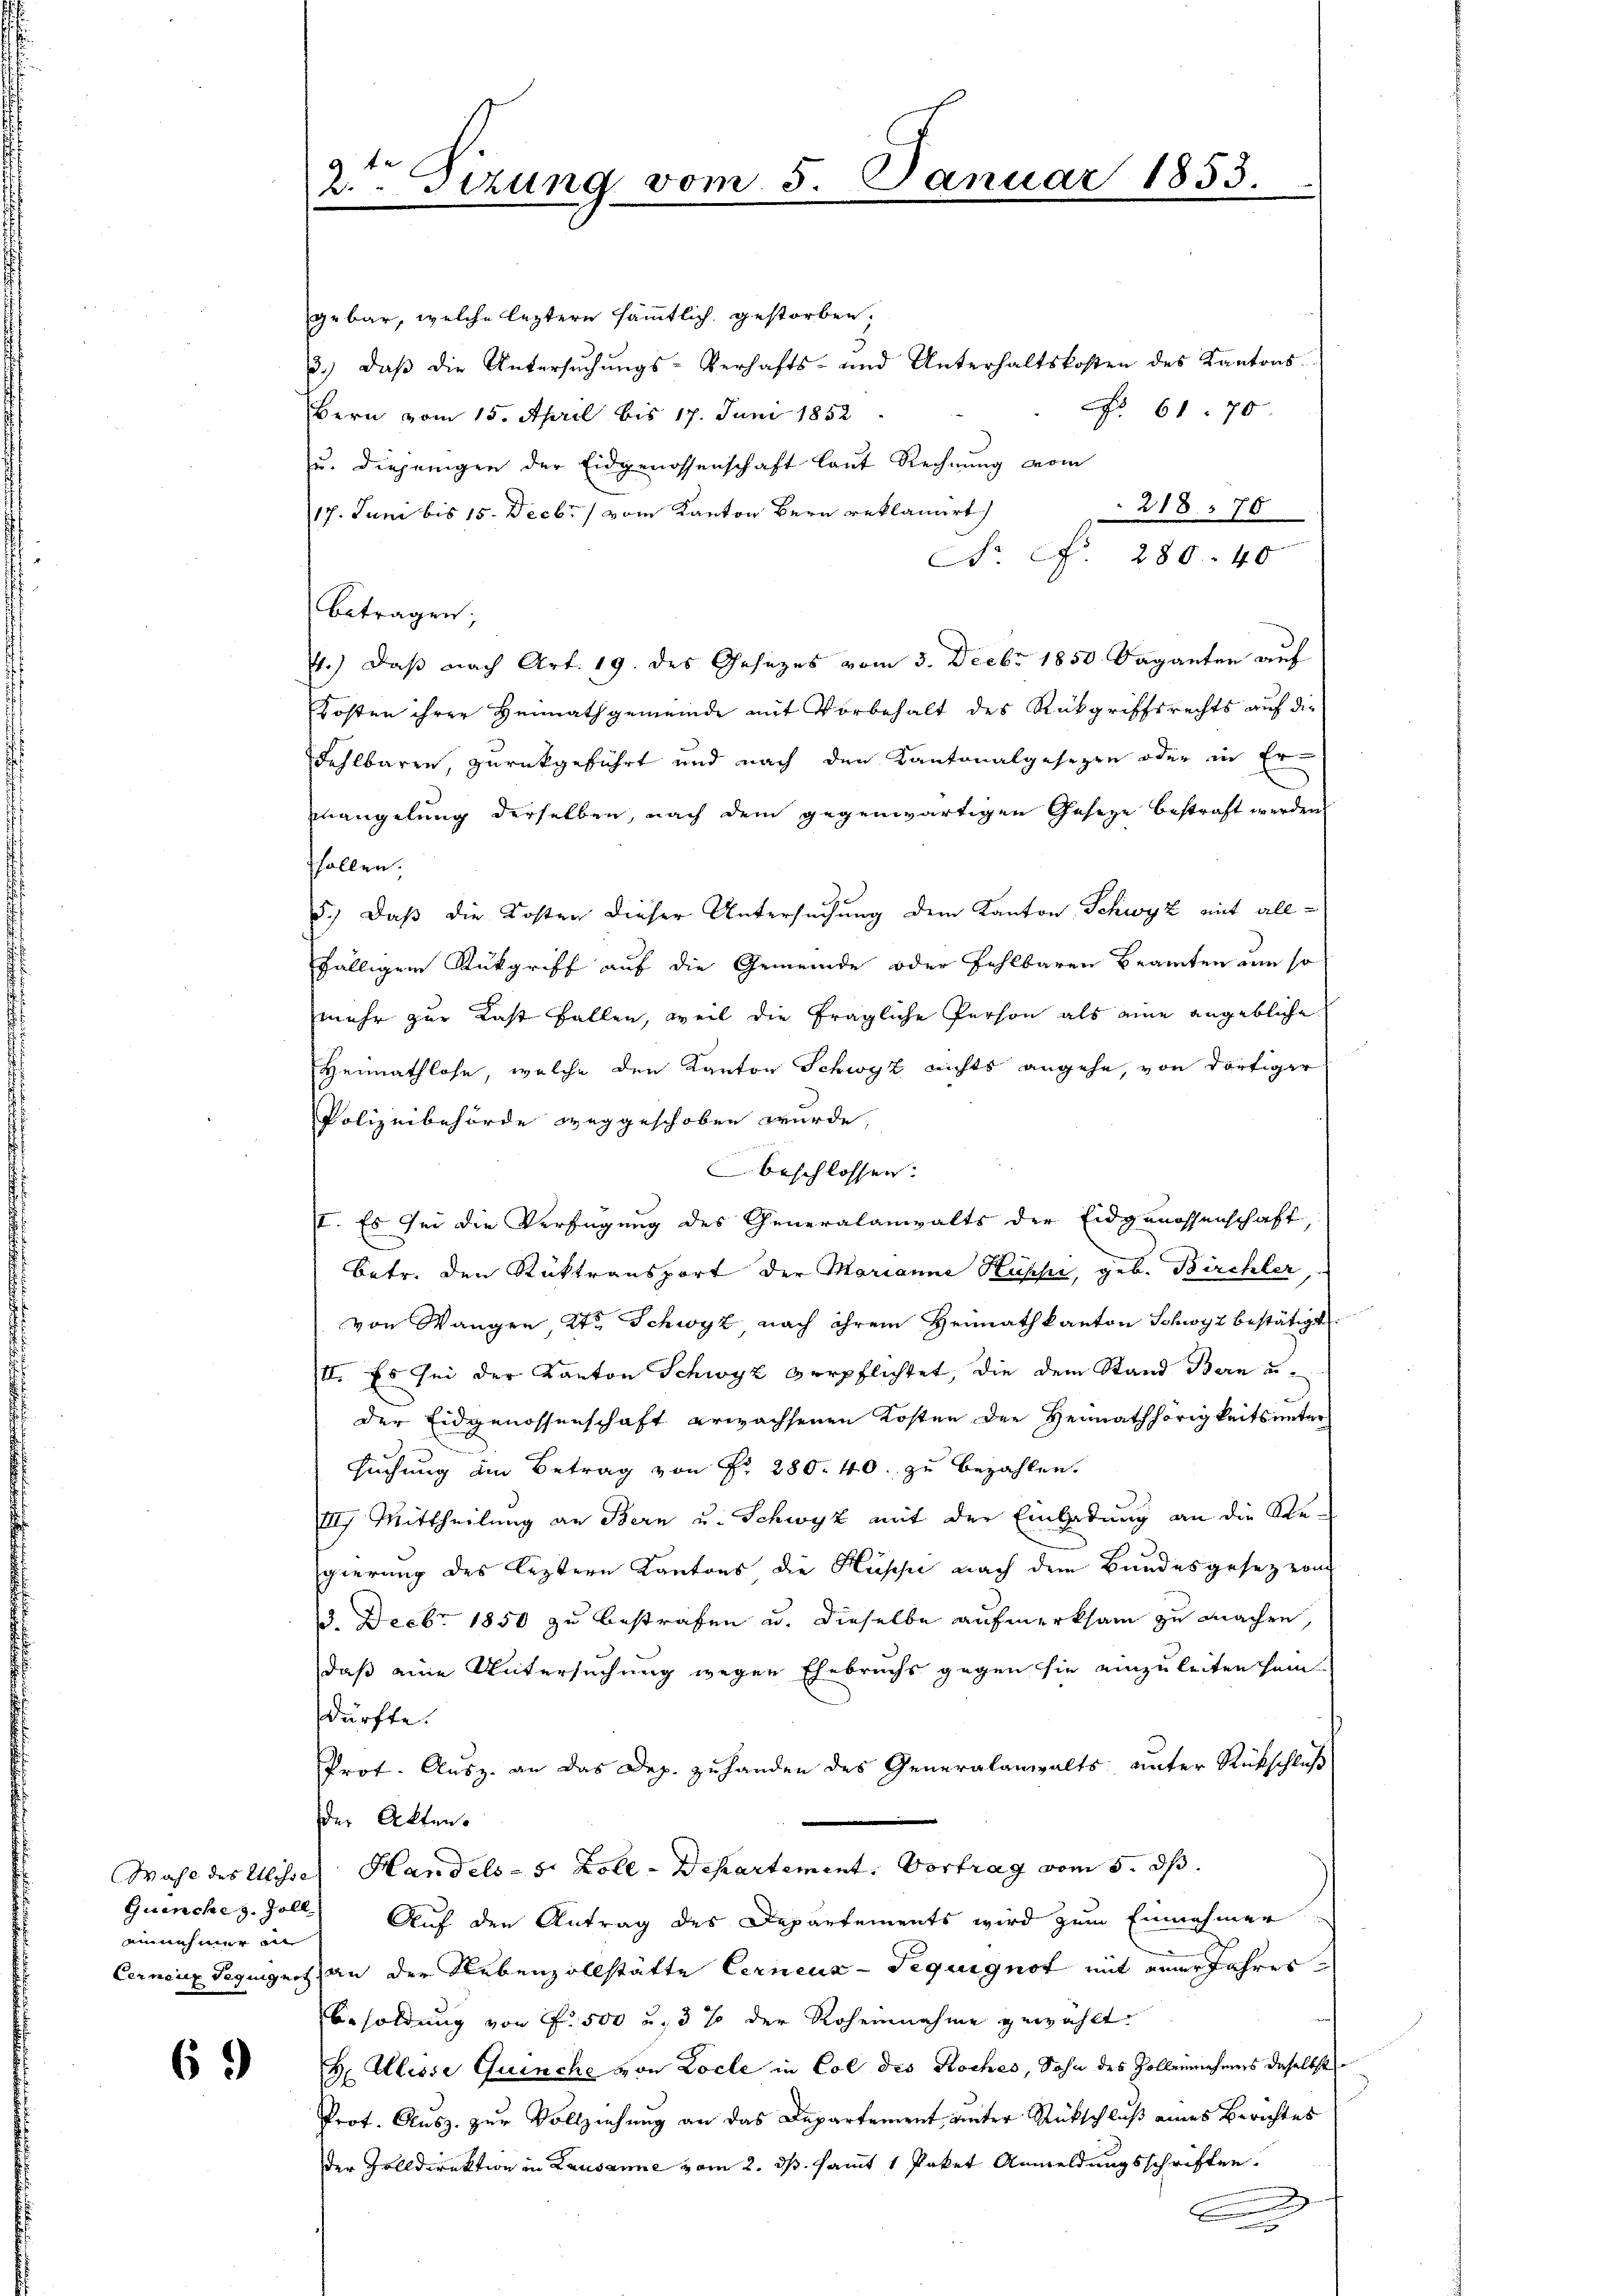
einnehmer in

69

2ten Sizung vom

gebar, welche leztern sämmtlich gestorben,
3.) daß die Untersuchungs-Verhafts- und Unterhaltskosten des Kantons¬
 61. 70
Bern vom 15. April bis 17. Juni 1852.
u. diejenigen der Eidgenossenschaft laut Rechnung vom
218. 70
17. Juni bis 15. Decbr. 1 vom Kanton Bern reklamirt
N. N. 280. 40
betragen;
4.) Daß nach Art. 19. des Gesezes vom 3. Decbr 1850. Daganten auf
Kosten ihrer Heimathgemeinde mit Vorbehalt des Rückgriffsrechts auf die
Fehlbaren, zurückgeführt und nach den Kantonalgesezen oder in Er-
mangelung derselben, nach dem gegenwärtigen Gesetze bestraft werden,
ffallen.
5.) Daß die Kosten dieser Untersuchung dem Kanton Schwyz mit allfälligem Rückgriff auf die Gemeinde oder Fehlbaren Beamten um so
mehr zur Last fallen, weil die fragliche Person als eine angebliche
Heimathlose, welche den Kanton Schwyz nichts angehe, von dortiger
Polizeibehörde weggeschoben wurde
beschlossen:
II. Es sei die Verfügung des Generalanwalts der Eidgenossenschaft,
betr. den Rüktransport der Marianne Küsse, geb. Birchler,
von Wangen, 2te Schwyz nach ihrem Heimath kanton Schwyz bestätigt
III. Es sei der Kanton Schwyz verpflichtet, die dem Stand Bern u.
der Eidgenossenschaft erwachsenen Kosten der Heimathörigkeits unter
suchung im Betrag von Fr. 280. 40. zu bezahlen.
Ih Mittheilung an Bern u. Schwyz mit der Einladung an die Regierung des leztern Kantons die Hüppi nach dem Bundesgesetz von
13. Decbr 1850 zu bestrafen u. dieselbe aufmerksam zu machen,
daß eine Untersuchung wegen Ehebruchs gegen sie einzuleiten sein
dürfte.
Prot. Ausz. an das Dep. zuhanden des Generalanwalts unter Rückschluß
der Akten.
Wahl des Wisse Handels- 5. Zoll-Departement. Vortrag vom 5. dß.
Quenche z. Zoll Auf den Antrag des Departements wird zum Einnehmer
Cernenz Peguignet, an der Nebenzollstätte Cerneux-Tequignot mit einer Jahres¬
Besoldung von Fr. 500 u. 3 % der Roheinnahme gewählt.
H. Allisse Quinche von Loche in Col des Roches, Sohn des Zollennehmes daselbst
Prot. Ausz. zur Vollziehung an das Departement, unter Rückschluß eines Berichtes
der Zolldirektion in Lausanne vom 2. ds. sammt 1 Paket Anmeldungsschriften.
.
B

2

Januar 1853.